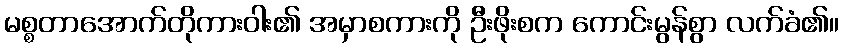
မစ္စတာအောက်တိုကားဝါး၏ အမှာစကားကို ဦးဖိုးစက ကောင်းမွန်စွာ လက်ခံ၏။